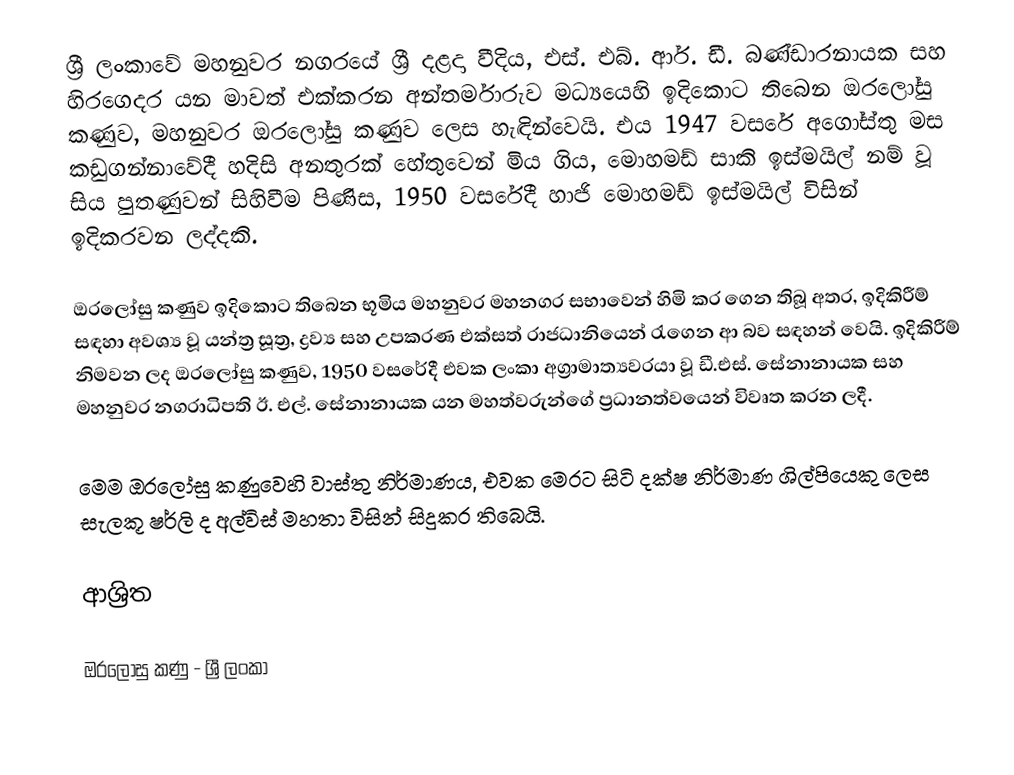
ශ්‍රී ලංකාවේ මහනුවර නගරයේ ශ්‍රී දළදා වීදිය, එස්. එබ්. ආර්. ඩී. බණ්ඩාරනායක සහ හිරගෙදර යන මාවත් එක්කරන අන්තර්මාරුව මධ්‍යයෙහි ඉදිකොට තිබෙන ඔරලෝසු කණුව, මහනුවර ඔරලෝසු කණුව ලෙස හැඳින්වෙයි. එය 1947 වසරේ අගෝස්තු මස කඩුගන්නාවේදී හදිසි අනතුරක් හේතුවෙන් මිය ගිය, මොහමඩ් සාකි ඉස්මයිල් නම් වූ සිය පුතණුවන් සිහිවීම පිණිස, 1950 වසරේදී හාජි මොහමඩ් ඉස්මයිල් විසින් ඉදිකරවන ලද්දකි.

ඔරලෝසු කණුව ඉදිකොට තිබෙන භූමිය මහනුවර මහනගර සභාවෙන් හිමි කර ගෙන තිබූ අතර, ඉදිකිරීම් සඳහා අවශ්‍ය වූ යන්ත්‍ර සූත්‍ර, ද්‍රව්‍ය සහ උපකරණ එක්සත් රාජධානියෙන් රැගෙන ආ බව සඳහන් වෙයි. ඉදිකිරීම් නිමවන ලද ඔරලෝසු කණුව, 1950 වසරේදී එවක ලංකා අග්‍රාමාත්‍යවරයා වූ ඩී.එස්. සේනානායක සහ මහනුවර නගරාධිපති ඊ. එල්. සේනානායක යන මහත්වරුන්ගේ ප්‍රධානත්වයෙන් විවෘත කරන ලදී.

මෙම ඔරලෝසු කණුවෙහි වාස්තු නිර්මාණය, එවක මෙරට සිටි දක්ෂ නිර්මාණ ශිල්පියෙකු ලෙස සැලකූ ෂර්ලි ද අල්විස් මහතා විසින් සිදුකර තිබෙයි.

ආශ්‍රිත

ඔරලෝසු කණු - ශ්‍රී ලංකා